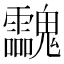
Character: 𩵀